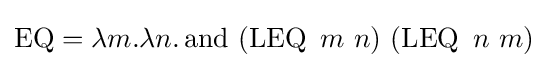
\operatorname {EQ} =\lambda m.\lambda n.\operatorname {and} \ (\operatorname {LEQ} \ m\ n)\ (\operatorname {LEQ} \ n\ m)